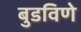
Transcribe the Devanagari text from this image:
बुडविणे